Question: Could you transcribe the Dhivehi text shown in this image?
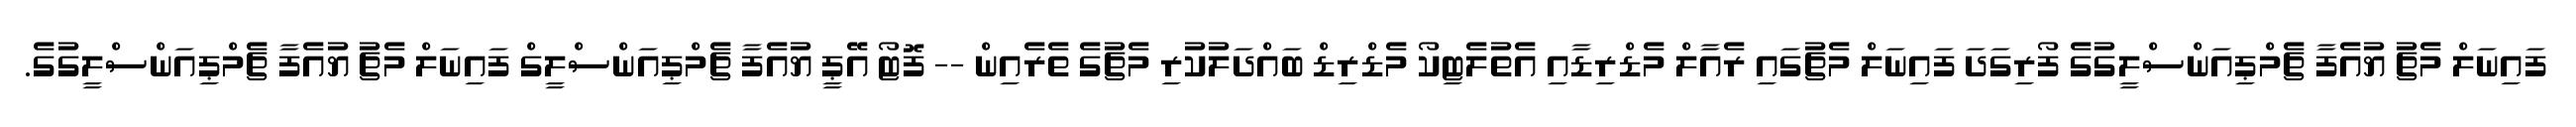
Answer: ފައިނަލް މެޗު ޔުއެފާ ޗެމްޕިއަންސްލީގުގެ ފޯރިގަދަ ފައިނަލް މެޗުގައި ރެއާލް މެޑްރިޑާއި އެތުލެޓިކޯ މެޑްރިޑް ބައްދަލުކުރި މެޗުގެ ތެރެއިން -- ފޮޓޯ އޭޕީ ޔުއެފާ ޗެމްޕިއަންސްލީގް ފައިނަލް މެޗު ޔުއެފާ ޗެމްޕިއަންސްލީގުގެ.